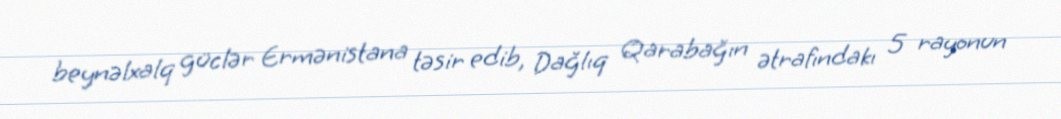
beynəlxalq güclər Ermənistana təsir edib, Dağlıq Qarabağın ətrafındakı 5 rayonun